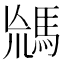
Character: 𩣈